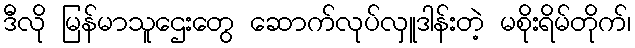
ဒီလို မြန်မာသူဌေးတွေ ဆောက်လုပ်လှူဒါန်းတဲ့ မစိုးရိမ်တိုက်၊